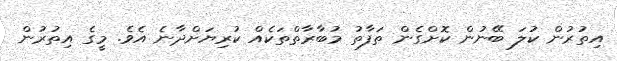
އިތުރުން ކުލަ ބޭނުން ކޮށްގެން ތަފާތު މުބާރާތްތަކެއް ކުރިޔަށްދާނެ އެވެ. މީގެ އިތުރުން